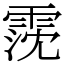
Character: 霃